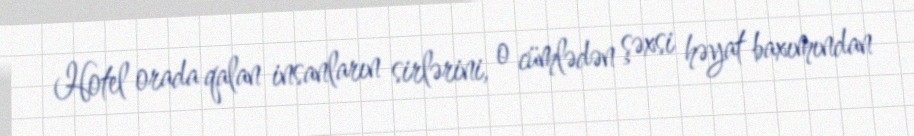
Hotel orada qalan insanların sirlərini, o cümlədən şəxsi həyat baxımından